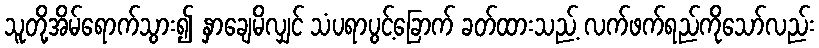
သူတို့အိမ်ရောက်သွား၍ နှာချေမိလျှင် သံပရာပွင့်ခြောက် ခတ်ထားသည့် လက်ဖက်ရည်ကိုသော်လည်း